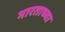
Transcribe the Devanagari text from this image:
भारताच्‍या